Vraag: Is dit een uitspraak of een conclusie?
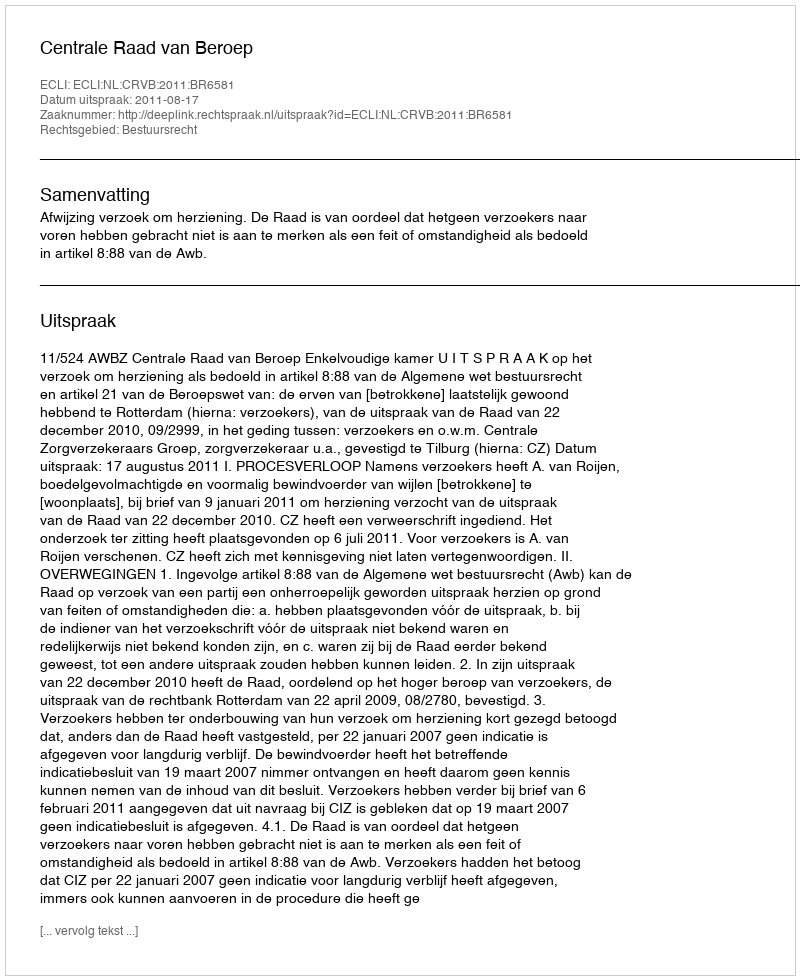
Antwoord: Uitspraak